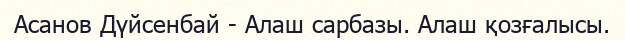
Асанов Дүйсенбай - Алаш сарбазы. Алаш қозғалысы.